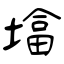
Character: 墖